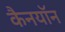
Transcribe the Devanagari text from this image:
कैनयॉन